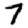
Digit: 7